Civil Veterinary Department Bihar reports 1936-40 - 1936-1940
Year: 1936
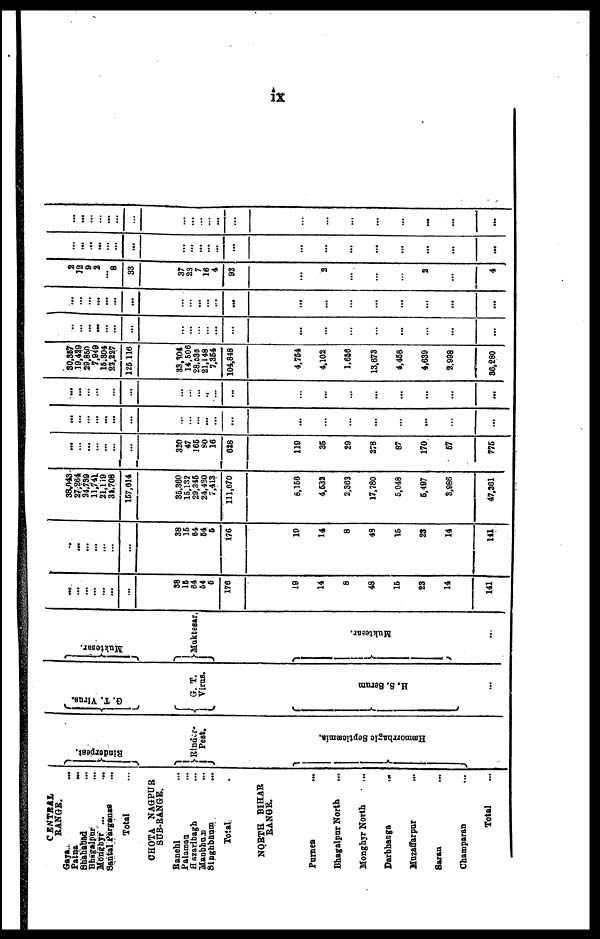
ix
CENTRAL
RANGE.
Gaya ...
Patna
...
Shahabad ...
Bhagalpur ...
Monghyr ...
Santal Parganas ...
Total ...
CHOTA NAGPUR
SUB-RANGE.
Ranchi ...
Palaman ...
Hazaribagh ...
Manbhum ...
Singhbhum
...
Total
NORTH BIHAR
RANGE.
Purnea ...
Bhagalpur North ...
Monghyr North ...
Darbhanga
...
Muzaffarpur ...
Saran ...
Champaran ...
Total ...
Rinderpest.
Rinder-
Pest.
Hæmorrhagic Septicæmia.
J
G. T. Virus.
G.
T.
Virus.
H. S. Serum
...
Muktesar.
Muktesar.
Muktesar.
...
...
...
...
...
...
...
...
38
16
64
64
5
176
19
14
8
48
16
23
14
141
..
...
...
...
...
...
...
38
16
64
64
5
176
19
14
8
48
16
23
14
141
38,043
27,264
24,739
11,741
21,149
31,708
157,614
36.360
15,132
29.346
24,430
7,413
111,670
8,166
4,532
2,363
17,780
5,048
6,497
3,986
47,361
...
...
...
...
...
...
...
320
47
166
90
16
628
119
36
29
278
87
170
67
776
...
...
...
...
...
...
...
...
...
...
...
...
...
...
...
...
...
...
...
...
...
...
...
...
...
...
...
...
...
...
...
...
...
...
...
...
...
...
...
...
...
...
30,357
19,439
29,860
7,949
15,804
23,227
126 116
33,304
14,506
28,538
21,148
7,364
104,848
4,764
4,102
1,656
13,673
4,468
4,639
2.998
86,280
...
...
...
...
...
...
...
...
...
...
...
...
...
...
...
...
...
...
...
...
...
...
...
...
...
...
...
...
...
...
...
... ...
...
...
...
...
...
...
...
...
...
2
12
9
2
8
33
37
23
7
16
4
92
...
2
...
...
...
2
...
4
...
...
...
...
...
...
...
...
...
...
...
...
...
...
...
...
...
...
...
...
...
...
...
...
...
...
...
...
...
...
...
...
...
...
...
...
...
...
...
...